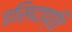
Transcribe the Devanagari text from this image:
इसिदाप्ति